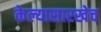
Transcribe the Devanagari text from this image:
केल्यासारखेच